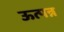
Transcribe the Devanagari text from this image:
ऊत्पन्न